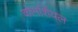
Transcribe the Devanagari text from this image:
कोमर्शियल